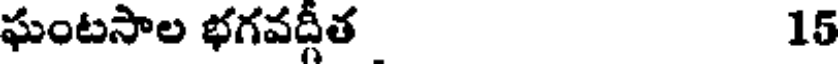
ఘంటసాల భగవద్గీత 15